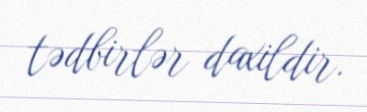
tədbirlər daxildir.